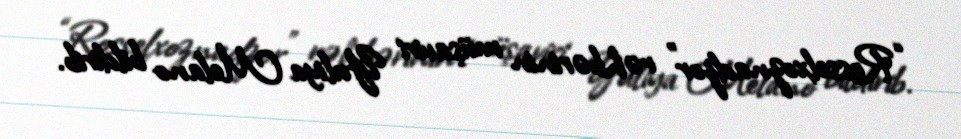
“Rosselxoznadzor” rəhbərinin müşaviri Yuliya Melano bildirib.